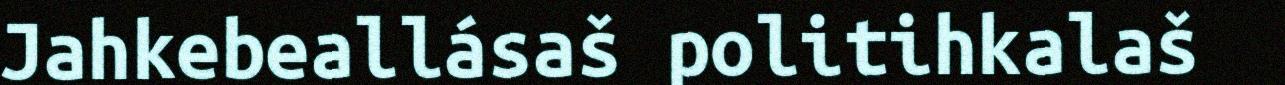
Jahkebeallásaš politihkalaš